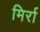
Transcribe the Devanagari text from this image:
मिर्रा